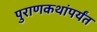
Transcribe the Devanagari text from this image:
पुराणकथांपर्यंत